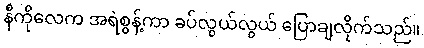
နီကိုလေက အရဲစွန့်ကာ ခပ်လွယ်လွယ် ပြောချလိုက်သည်။